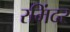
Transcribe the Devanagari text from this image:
रमिंदर